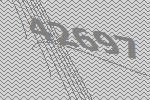
42697